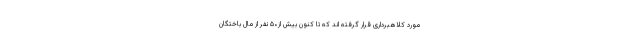
مورد کلاهبرداری قرار گرفته اند که تا کنون بیش از۵۰ نفر از مال باختگان